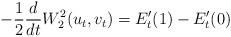
LaTeX: \begin{align*}- \frac{1}{2} \frac{d}{dt} W_2^2(u_t, v_t)=E_t' (1) - E_t'(0)\end{align*}